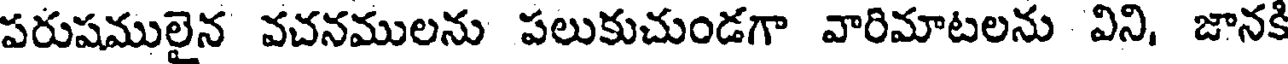
పరుషములైన వచనములను పలుకుచుండగా వారిమాటలను విని, జానకి